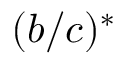
( b / c ) ^ { * }